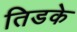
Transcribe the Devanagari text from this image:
तिडके